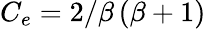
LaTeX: C_{e}=2/\beta\left(\beta+1\right)